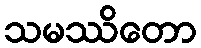
သမဿိတော